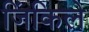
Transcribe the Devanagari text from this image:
जिंकिले